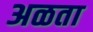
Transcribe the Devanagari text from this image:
अळता